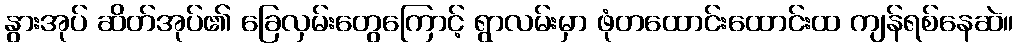
နွားအုပ် ဆိတ်အုပ်၏ ခြေလှမ်းတွေကြောင့် ရွာလမ်းမှာ ဖုံတထောင်းထောင်းထ ကျန်ရစ်နေဆဲ။